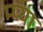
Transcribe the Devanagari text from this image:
म्प्या